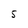
Character: 5